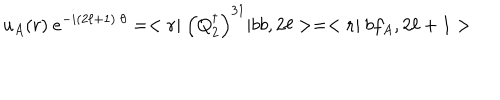
LaTeX: u _ { A } ( { r } ) \ e ^ { - i ( 2 \ell + 1 ) \ \theta } = < { \bf r } | \ \left( Q _ { 2 } ^ { \dagger } \right) ^ { 3 1 } | b b , 2 \ell > = < { \bf r } | \ b f _ { A } , 2 \ell + 1 >